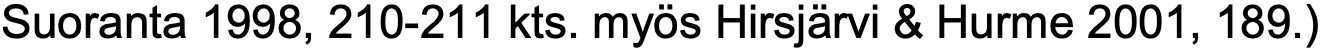
Suoranta 1998, 210-211 kts. myös Hirsjärvi & Hurme 2001, 189.)